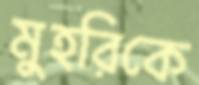
মুহরিকে